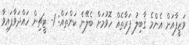
ވަޒީފާއަށް އެންމެ ޤާބިލު ފަރާތެއް ހޮވުމަށް ބެލޭނެ ކަންތައް: 1- ޓީޗިން ހައްދަވާފައިވާ